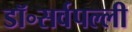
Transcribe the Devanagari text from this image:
डॉ॰सर्वपल्ली